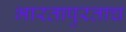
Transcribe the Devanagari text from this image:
भारतापुरताच